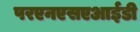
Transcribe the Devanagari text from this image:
परएनएसएआईडी